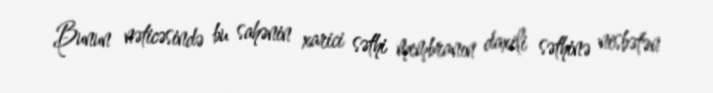
Bunun nəticəsində bu sahənin xarici səthi membranın daxili səthinə nisbətən